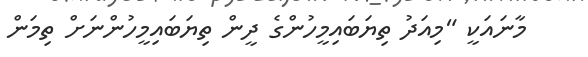
މާނައަކީ "މިއަދު ތިޔަބައިމީހުންގެ ދީން ތިޔަބައިމީހުންނަށް ތިމަން